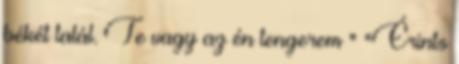
békét talál. Te vagy az én tengerem " "Érints